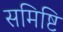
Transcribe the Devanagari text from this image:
समिष्टि